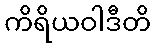
ကိရိယဝါဒီတိ